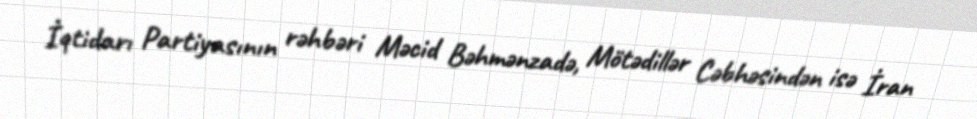
İqtidarı Partiyasının rəhbəri Məcid Bəhmənzadə, Mötədillər Cəbhəsindən isə İran